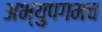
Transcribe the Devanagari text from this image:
अभ्युपगमच